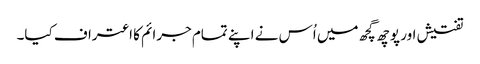
تفتیش اور پوچھ گچھ میں اُس نے اپنے تمام جرائم کا اعتراف کیا۔